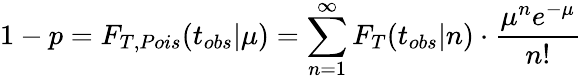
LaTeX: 1-p=F_{T,Pois}(t_{obs}|\mu)=\sum_{n=1}^{\infty}F_{T}(t_{obs}|n)\cdot\frac{\mu^{n}e^{-\mu}}{n!}